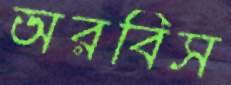
অরবিস